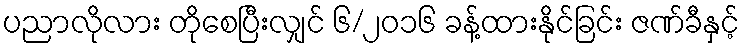
ပညာလိုလား တိုစေပြီးလျှင် ၆/၂၀၁၆ ခန့်ထားနိုင်ခြင်း ဇဏ်ခီနှင့်